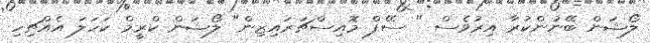
ލޯޝަން ބޭނުންކުރާ އިރުވެސް " ސޭފް މޮއިސްޗަރައިޒިން" ލޯޝަން ކްރީމް ކަހަލަ އެއްޗިހި